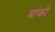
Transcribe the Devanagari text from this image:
बांकों